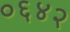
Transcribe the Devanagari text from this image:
०६४२